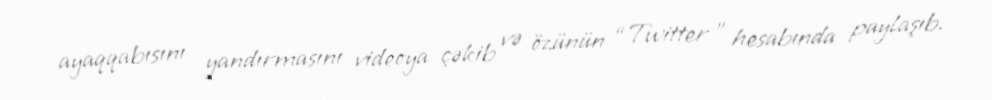
ayaqqabısını yandırmasını videoya çəkib və özünün “Twitter ” hesabında paylaşıb.